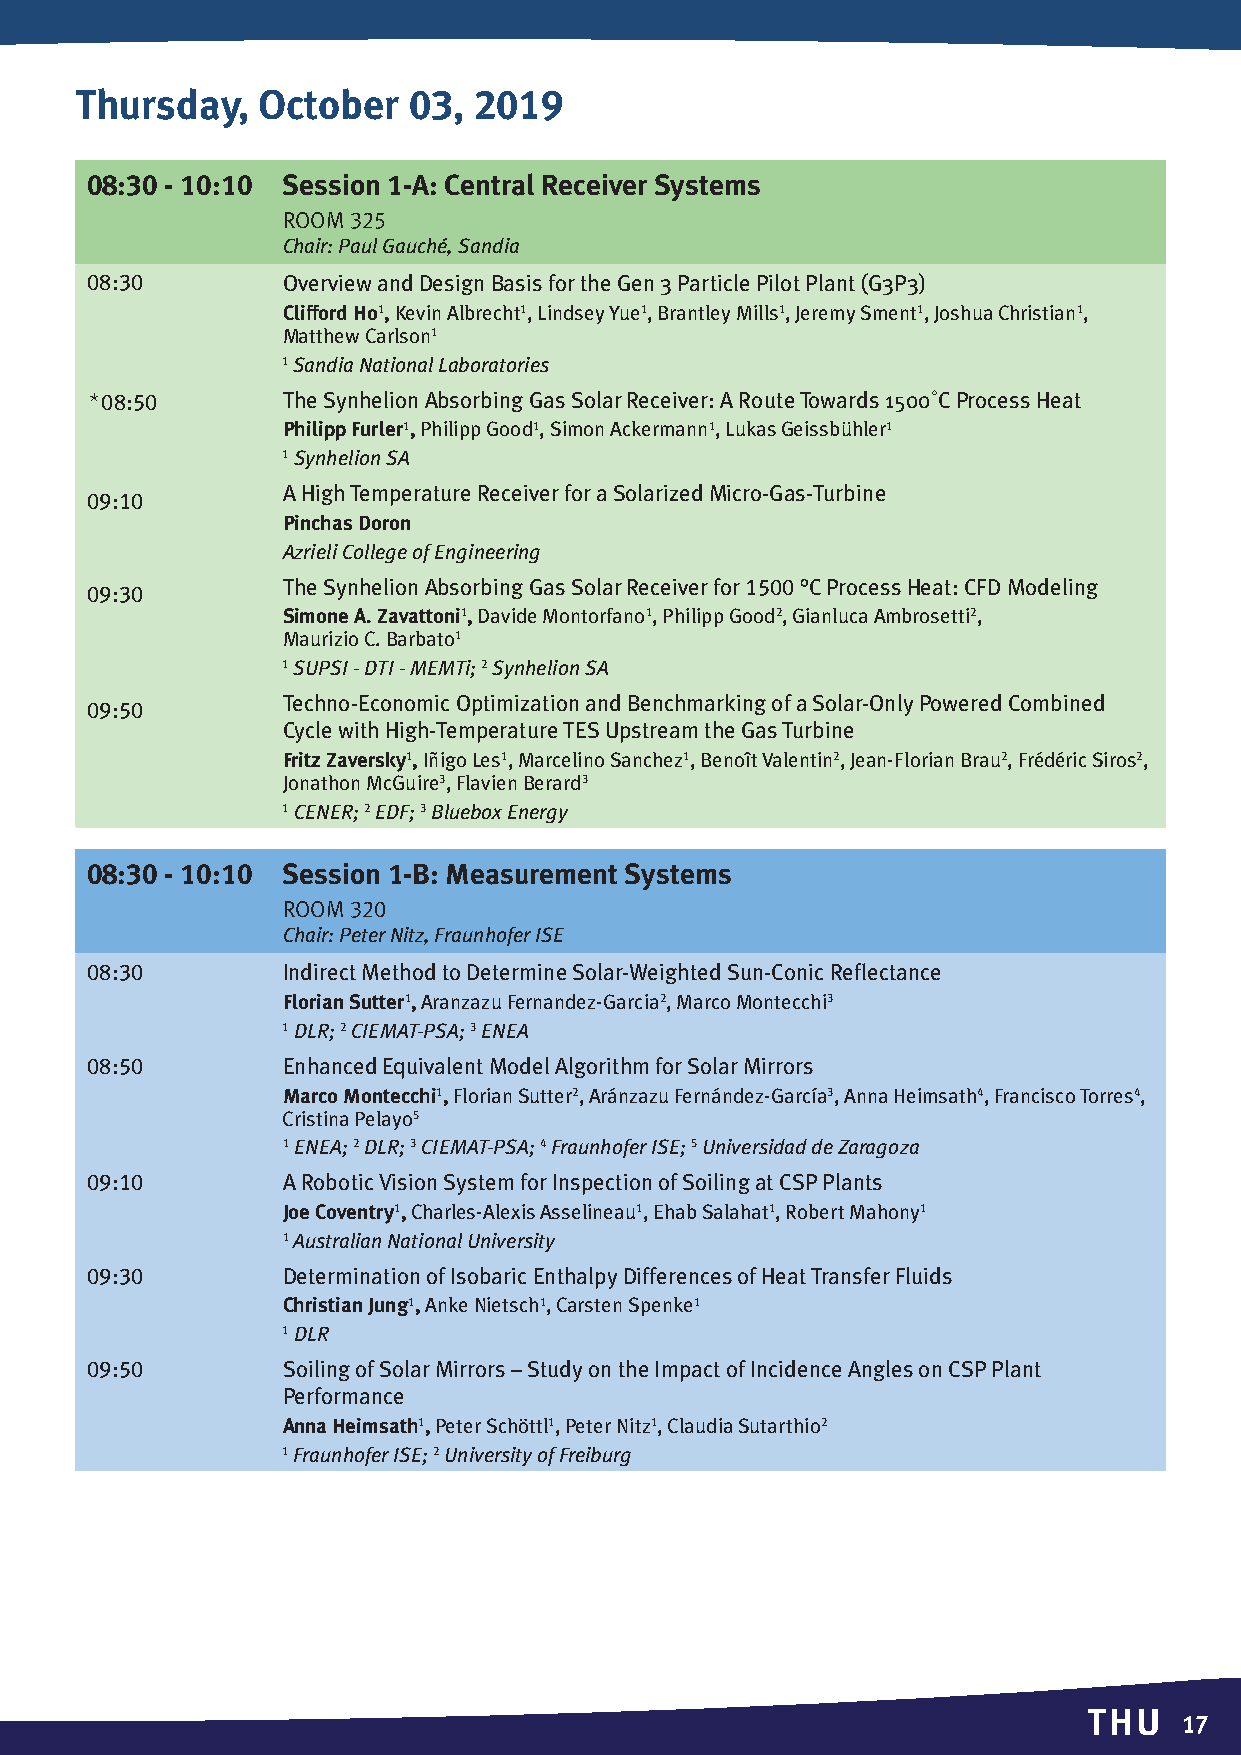
Thursday,   October   03, 2019
 08:30 - 10:10 Session 1-A: Central Receiver Systems
 Room 325
 Chair: Paul Gauché, Sandia
 08:30        Overview and Design Basis for the Gen 3 Particle Pilot Plant (G3P3)
 Clifford Ho1, Kevin Albrecht1, Lindsey Yue1, Brantley Mills1, Jeremy Sment1, Joshua Christian1,
 Matthew Carlson1
 1 Sandia National Laboratories
 *08:50       The Synhelion Absorbing Gas Solar Receiver: A Route Towards 1500˚C Process Heat
 Philipp Furler1, Philipp Good1, Simon Ackermann1, Lukas Geissbühler1
 1 Synhelion SA
 A High Temperature Receiver for a Solarized Micro-Gas-Turbine
 09:10
 Pinchas Doron
 Azrieli College of Engineering
 The Synhelion Absorbing Gas Solar Receiver for 1500 °C Process Heat: CFD Modeling
 09:30
 Simone A. Zavattoni1, Davide Montorfano1, Philipp Good2, Gianluca Ambrosetti2,
 Maurizio C. Barbato1
 1 SUPSI - DTI - MEMTi; 2 Synhelion SA
 Techno-Economic Optimization and Benchmarking of a Solar-Only Powered Combined
 09:50
 Cycle with High-Temperature TES Upstream the Gas Turbine
 Fritz Zaversky1, Iñigo Les1, Marcelino Sanchez1, Benoît Valentin2, Jean-Florian Brau2, Frédéric Siros2,
 Jonathon McGuire3, Flavien Berard3
 1 CENER; 2 EDF; 3 Bluebox Energy
 08:30 - 10:10 Session 1-B: Measurement Systems
 Room320
 Chair: Peter Nitz, Fraunhofer ISE
 08:30        Indirect Method to Determine Solar-Weighted Sun-Conic Reflectance
 Florian Sutter1, Aranzazu Fernandez-Garcia2, Marco Montecchi3
 1 DLR; 2 CIEMAT-PSA; 3 ENEA
 08:50        Enhanced Equivalent Model Algorithm for Solar Mirrors
 Marco Montecchi1, Florian Sutter2, Aránzazu Fernández-García3, Anna Heimsath4, Francisco Torres4,
 Cristina Pelayo5
 1 ENEA; 2 DLR; 3 CIEMAT-PSA; 4 Fraunhofer ISE; 5 Universidad de Zaragoza
 09:10        A Robotic Vision System for Inspection of Soiling at CSP Plants
 Joe Coventry1, Charles-Alexis Asselineau1, Ehab Salahat1, Robert Mahony1
 1 Australian National University
 09:30        Determination of Isobaric Enthalpy Differences of Heat Transfer Fluids
 Christian Jung1, Anke Nietsch1, Carsten Spenke1
 1 DLR
 09:50        Soiling of Solar Mirrors – Study on the Impact of Incidence Angles on CSP Plant
 Performance
 Anna Heimsath1, Peter Schöttl1, Peter Nitz1, Claudia Sutarthio2
 1 Fraunhofer ISE; 2 University of Freiburg
 THU
 17